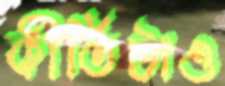
কীর্তিটাও